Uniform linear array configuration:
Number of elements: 48
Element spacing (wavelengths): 1
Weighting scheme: uniform
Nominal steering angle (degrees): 0
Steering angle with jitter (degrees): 1.041
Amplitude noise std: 0.05
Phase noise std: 0.05

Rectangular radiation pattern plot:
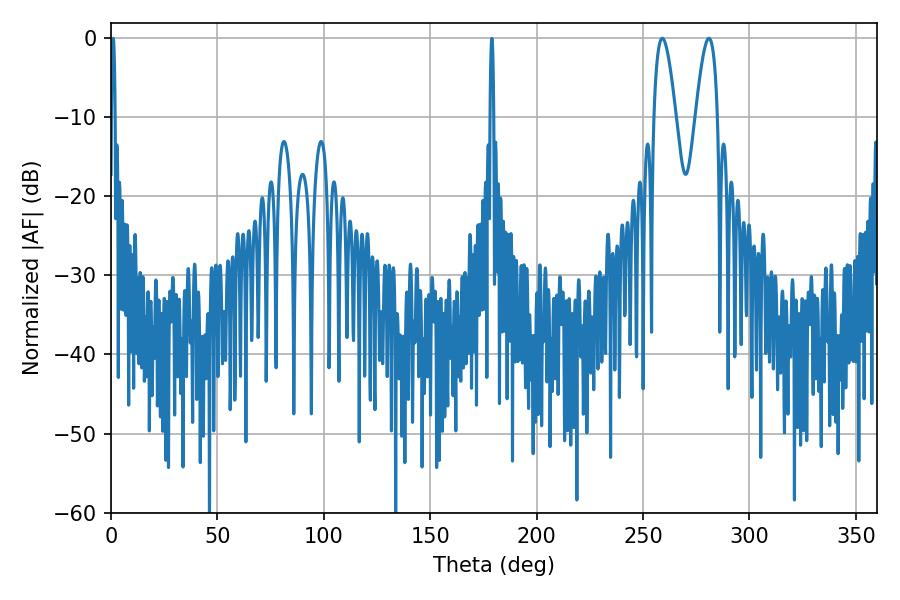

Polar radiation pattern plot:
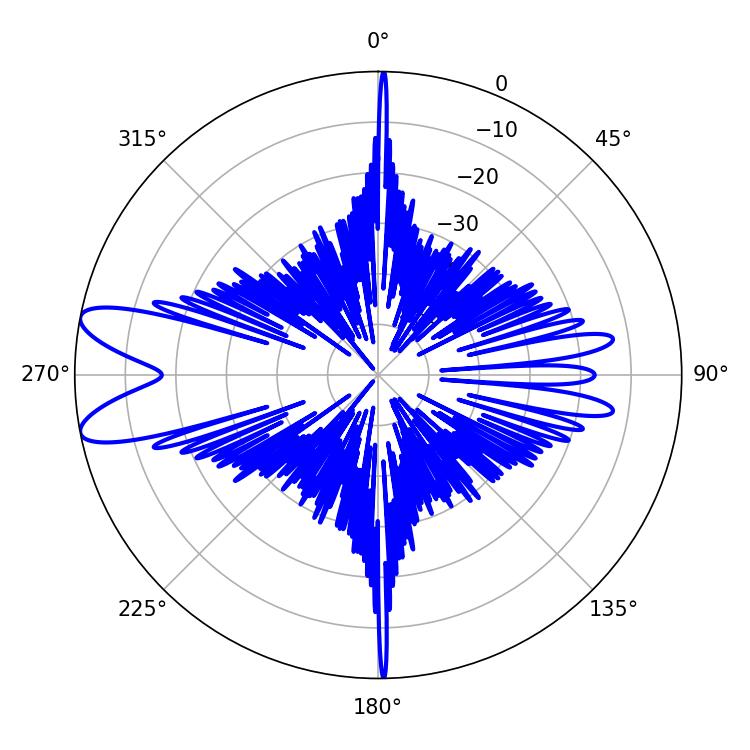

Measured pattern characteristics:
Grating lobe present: TRUE
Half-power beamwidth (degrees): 5.58
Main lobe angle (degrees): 259.02